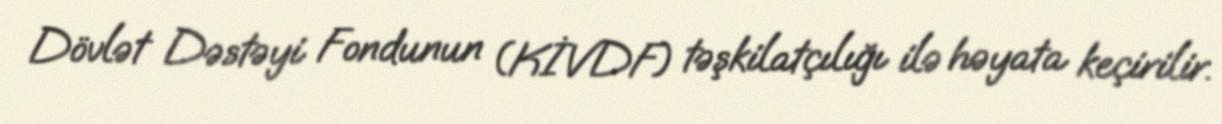
Dövlət Dəstəyi Fondunun (KİVDF) təşkilatçılığı ilə həyata keçirilir.